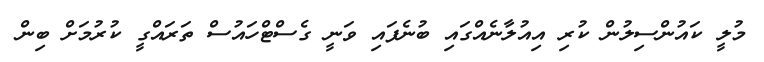
މުލީ ކައުންސިލުން ކުރި އިއުލާނެއްގައި ބުނެފައި ވަނީ ގެސްޓްހައުސް ތަރައްގީ ކުރުމަށް ބިން